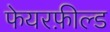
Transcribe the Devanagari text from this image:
फेयरफ़ील्ड